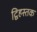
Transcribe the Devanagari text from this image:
द्विहस्तक